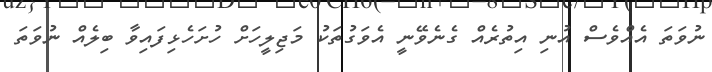
ނުވަތަ އެއްވެސް އުނި އިތުރެއް ގެނެވޭނީ އެވަގުތަކު މަޖިލީހަށް ހުށަހެޅިފައިވާ ބިލެއް ނުވަތަ